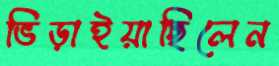
ভিড়াইয়াছিলেন